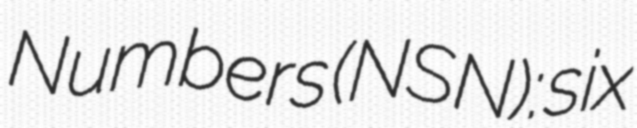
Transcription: Numbers (NSN): six